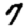
Digit: 7